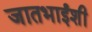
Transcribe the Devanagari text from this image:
जातभाईंशी